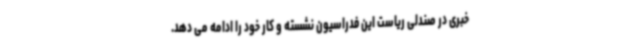
خبری در صندلی ریاست این فدراسیون نشسته و کار خود را ادامه می دهد.